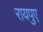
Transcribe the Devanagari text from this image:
रायपुए